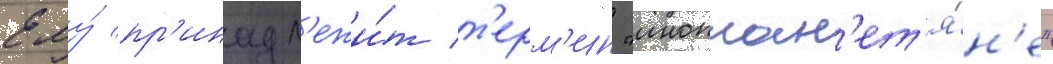
Ему́ пр'инадл'ежи́т т'ерм'ин "иноплан'ет'я́н'е"